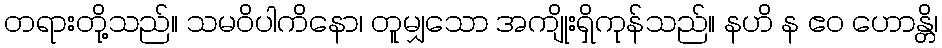
တရားတို့သည်။ သမဝိပါကိနော၊ တူမျှသော အကျိုးရှိကုန်သည်။ နဟိ န ဧဝ ဟောန္တိ၊